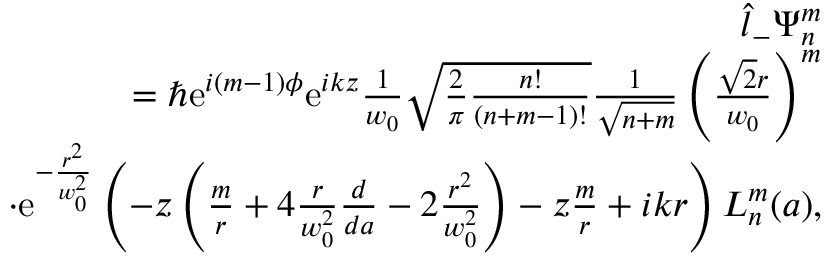
\begin{array} { r l r } & { } & { \hat { l } _ { - } \Psi _ { n } ^ { m } } \\ & { } & { = \hbar \mathrm { e } ^ { i ( m - 1 ) \phi } \mathrm { e } ^ { i k z } \frac { 1 } { w _ { 0 } } \sqrt { \frac { 2 } { \pi } \frac { n ! } { ( n + m - 1 ) ! } } \frac { 1 } { \sqrt { n + m } } \left( \frac { \sqrt { 2 } r } { w _ { 0 } } \right) ^ { m } } \\ & { } & { \cdot \mathrm { e } ^ { - \frac { r ^ { 2 } } { w _ { 0 } ^ { 2 } } } \left( - z \left( \frac { m } { r } + 4 \frac { r } { w _ { 0 } ^ { 2 } } \frac { d } { d a } - 2 \frac { r ^ { 2 } } { w _ { 0 } ^ { 2 } } \right) - z \frac { m } { r } + i k r \right) L _ { n } ^ { m } ( a ) , } \end{array}